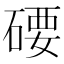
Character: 𥔖